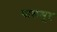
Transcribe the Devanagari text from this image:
पालमूर